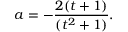
a = - { \frac { 2 ( t + 1 ) } { ( t ^ { 2 } + 1 ) } } .